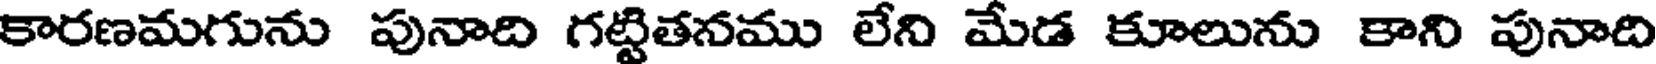
కారణమగును పునాది గట్టితనము లేని మేడ కూలును కాని పునాది